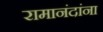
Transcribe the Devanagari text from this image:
रामानंदांना